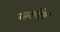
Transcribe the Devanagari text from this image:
रतनलोके